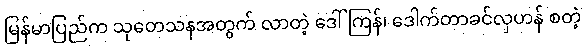
မြန်မာပြည်က သုတေသနအတွက် လာတဲ့ ဒေါ်ကြန်၊ ဒေါက်တာခင်လှဟန် စတဲ့